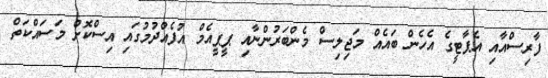
ފާރިސްއާއި އެޕާޓީގެ އެހެން ބައެއް މަޖިލިސް މެންބަރުންނާއި ޕީޕީއެމް އުފެއްދުމުގައި އިސްކޮށް މަސައްކަތް